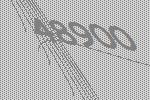
48900